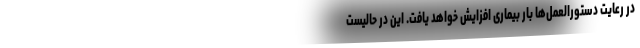
در رعایت دستورالعمل‌ها بار بیماری افزایش خواهد یافت. این در حالیست